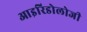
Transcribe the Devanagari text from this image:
आइरिडोलोजी